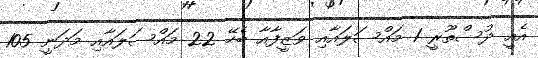
އެއީ ދުސްތޫރީ 1 މައްސަލައާއި ވަޒީފާއާ ބެހޭ 22 މައްސަލައާއި މަދަނީ 105